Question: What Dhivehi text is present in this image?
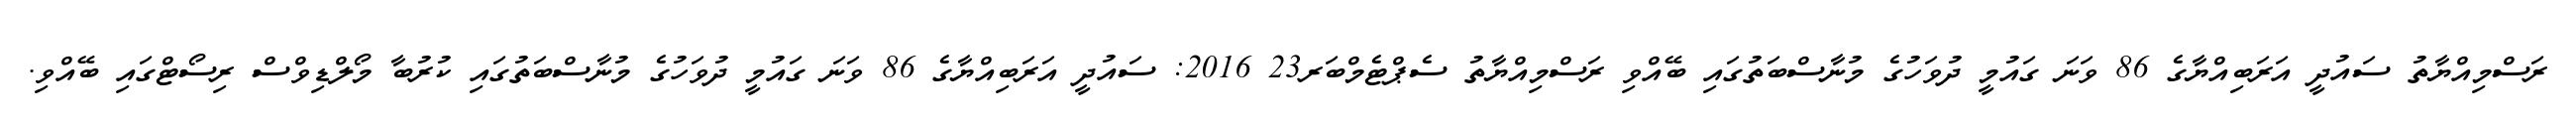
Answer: ރަސްމިއްޔާތު ސައުދީ އަރަބިއްޔާގެ 86 ވަނަ ގައުމީ ދުވަހުގެ މުނާސްބަތުގައި ބޭއްވި ރަސްމިއްޔާތު ސެޕްޓެމްބަރ23 2016: ސައުދީ އަރަބިއްޔާގެ 86 ވަނަ ގައުމީ ދުވަހުގެ މުނާސްބަތުގައި ކުރުބާ މޯލްޑިވްސް ރިސޯޓްގައި ބޭއްވި.